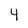
Character: 4